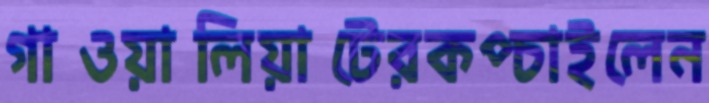
গাওয়ালিয়াটেরকপ্‌চাইলেন